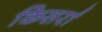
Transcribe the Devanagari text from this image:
किसर्रा